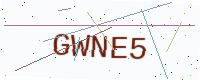
Text: GWNE5